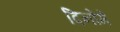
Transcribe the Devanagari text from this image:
दिनोंमें